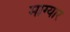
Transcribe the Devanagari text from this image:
माग्यार